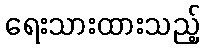
ရေးသားထားသည့်